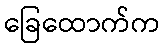
ခြေထောက်က